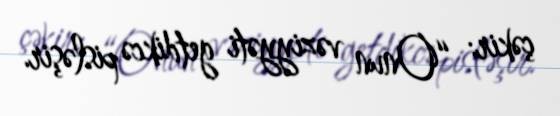
çəkir: “Onun vəziyyəti getdikcə pisləşir.